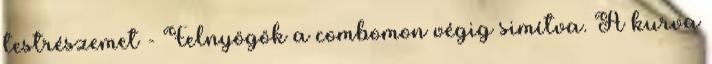
testrészemet - Felnyögök a combomon végig simítva. A kurva